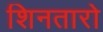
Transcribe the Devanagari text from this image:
शिनतारो